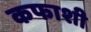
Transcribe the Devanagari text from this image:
कफाशी